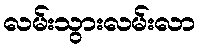
လမ်းသွားလမ်းလာ